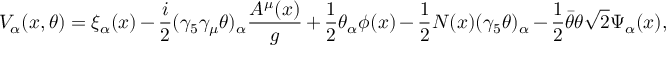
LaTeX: V _ { \alpha } ( x , \theta ) = \xi _ { \alpha } ( x ) - \frac { i } { 2 } ( \gamma _ { 5 } \gamma _ { \mu } \theta ) _ { \alpha } \frac { A ^ { \mu } ( x ) } { g } + \frac { 1 } { 2 } \theta _ { \alpha } \phi ( x ) - \frac { 1 } { 2 } N ( x ) ( \gamma _ { 5 } \theta ) _ { \alpha } - \frac { 1 } { 2 } \bar { \theta } \theta \sqrt { 2 } \Psi _ { \alpha } ( x ) ,